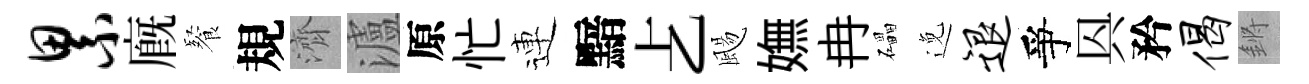
累廐餐規濟瀘原忙連黯𠧒颺嫵冉礧𨓜退爭㒷矜偈鏘